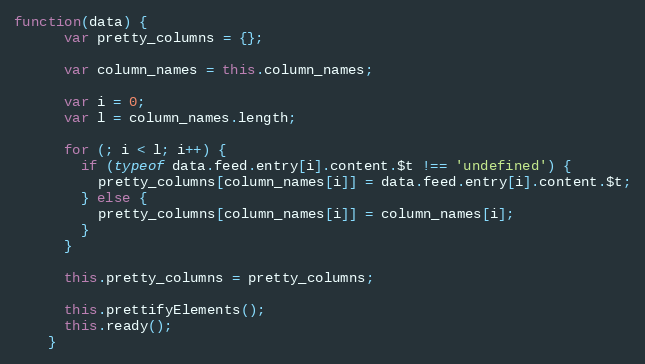
Language: JavaScript
function(data) {
      var pretty_columns = {};

      var column_names = this.column_names;

      var i = 0;
      var l = column_names.length;

      for (; i < l; i++) {
        if (typeof data.feed.entry[i].content.$t !== 'undefined') {
          pretty_columns[column_names[i]] = data.feed.entry[i].content.$t;
        } else {
          pretty_columns[column_names[i]] = column_names[i];
        }
      }

      this.pretty_columns = pretty_columns;

      this.prettifyElements();
      this.ready();
    }